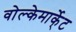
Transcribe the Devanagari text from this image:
वोल्केमार्के्ट